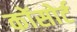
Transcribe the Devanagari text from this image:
कोंसोर्ट